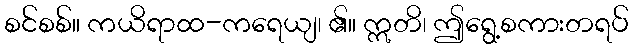
စင်စစ်။ ကယိရာထ-ကရေယျ၊ ၏။ ဣတိ၊ ဤရွေ့စကားတရပ်